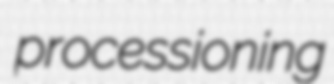
processioning